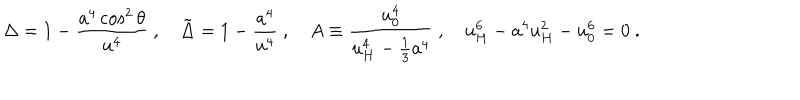
LaTeX: \Delta = 1 - { \frac { a ^ { 4 } \cos ^ { 2 } \theta } { u ^ { 4 } } } \ , \tilde { \Delta } = 1 - { \frac { a ^ { 4 } } { u ^ { 4 } } } \ , A \equiv { \frac { u _ { 0 } ^ { 4 } } { u _ { H } ^ { 4 } - \frac { 1 } { 3 } a ^ { 4 } } } \ , u _ { H } ^ { 6 } - a ^ { 4 } u _ { H } ^ { 2 } - u _ { 0 } ^ { 6 } = 0 \ .